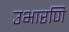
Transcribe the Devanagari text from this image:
उभारणि